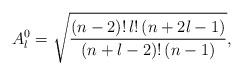
LaTeX: \begin{align*}A_l^0=\sqrt{\frac{(n-2)!\,l!\,(n+2l-1)}{(n+l-2)!\,(n-1)}},\end{align*}